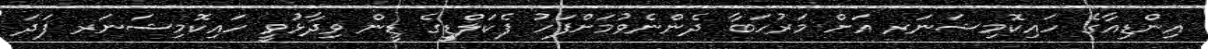
އިންޑިއާގެ ހައިކޮމިޝަނަރ އަށް މަރުހަބާ ދެންނެވުމަށްފަހު ފެކަލްޑީގެ ޑީން ވިދާޅުވީ ހައިކޮމިޝަނަރ ފަދަ